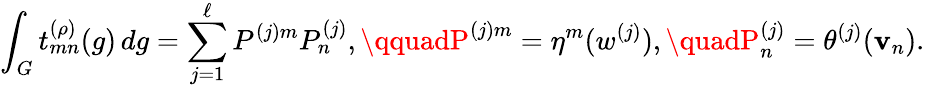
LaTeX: \int_{G}t_{mn}^{(\rho)}(g)\, dg=\sum_{j=1}^{\ell}P^{(j)m}P_{n}^{(j)},\qquadP^{(j)m}=\eta^{m}(w^{(j)}),\quadP_{n}^{(j)}=\theta^{(j)}(\mathbf{v}_{n}).